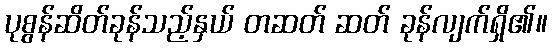
ပုစွန်ဆိတ်ခုန်သည့်နှယ် တဆတ် ဆတ် ခုန်လျက်ရှိ၏။